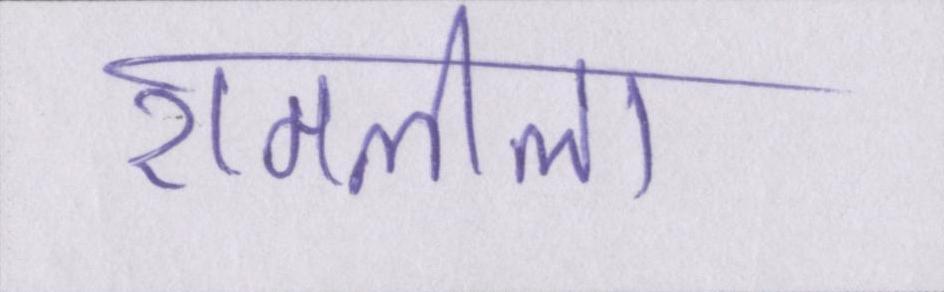
रामलीला